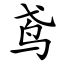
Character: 鸢